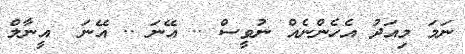
ނަމަ މިއަދު އެހެންނެއް ނުވީސް .. އޭނަ .. އޭނަ  އީނާލް